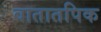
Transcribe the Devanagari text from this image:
वातातपिक